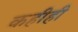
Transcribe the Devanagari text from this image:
कहीही